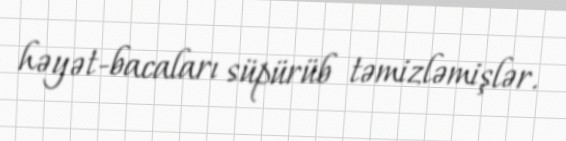
həyət-bacaları süpürüb təmizləmişlər.